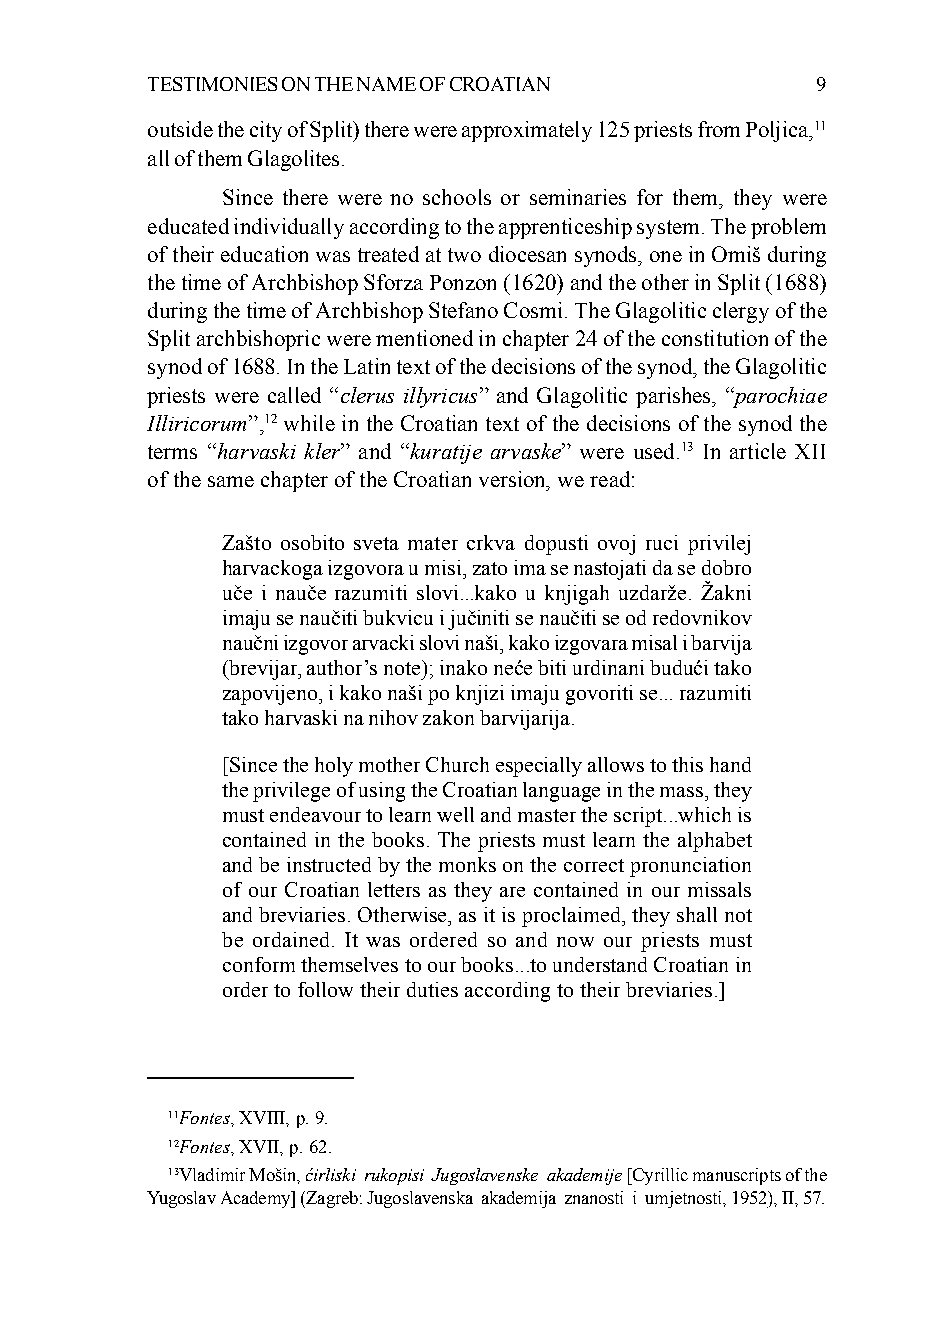
TESTIMONIES ON THE NAME OF CROATIAN         9
 outside the city of Split) there were approximately 125 priests from Poljica,11
 all of them Glagolites.
 Since there were no schools or seminaries for them, they were
 educated individually according to the apprenticeship system. The problem
 of their education was treated at two diocesan synods, one in Omiš during
 the time of Archbishop Sforza Ponzon (1620) and the other in Split (1688)
 during the time of Archbishop Stefano Cosmi. The Glagolitic clergy of the
 Split archbishopric were mentioned in chapter 24 of the constitution of the
 synod of 1688. In the Latin text of the decisions of the synod, the Glagolitic
 priests were called “clerus illyricus” and Glagolitic parishes, “parochiae
 Illiricorum”,12 while in the Croatian text of the decisions of the synod the
 terms “harvaski kler” and “kuratije arvaske” were used.13 In article XII
 of the same chapter of the Croatian version, we read:
 Zašto osobito sveta mater crkva dopusti ovoj ruci privilej
 harvackoga izgovora u misi, zato ima se nastojati da se dobro
 uče i nauče razumiti slovi...kako u knjigah uzdarže. Žakni
 imaju se naučiti bukvicu i jučiniti se naučiti se od redovnikov
 naučni izgovor arvacki slovi naši, kako izgovara misal i barvija
 (brevijar, author’s note); inako neće biti urdinani budući tako
 zapovijeno, i kako naši po knjizi imaju govoriti se... razumiti
 tako harvaski na nihov zakon barvijarija.
 [Since the holy mother Church especially allows to this hand
 the privilege of using the Croatian language in the mass, they
 must endeavour to learn well and master the script...which is
 contained in the books. The priests must learn the alphabet
 and be instructed by the monks on the correct pronunciation
 of our Croatian letters as they are contained in our missals
 and breviaries. Otherwise, as it is proclaimed, they shall not
 be ordained. It was ordered so and now our priests must
 conform themselves to our books...to understand Croatian in
 order to follow their duties according to their breviaries.]
 11Fontes, XVIII, p. 9.
 12Fontes, XVII, p. 62.
 13Vladimir Mošin, ćirliski rukopisi Jugoslavenske akademije [Cyrillic manuscripts of the
 Yugoslav Academy] (Zagreb: Jugoslavenska akademija znanosti i umjetnosti, 1952), II, 57.